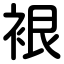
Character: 裉